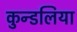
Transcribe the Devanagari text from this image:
कुन्डलिया